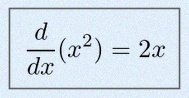
\frac{d}{dx}(x^2)=2x